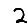
Digit: 2